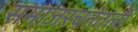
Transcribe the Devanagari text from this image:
समाजरचनेतली